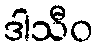
ဒါသီဝ